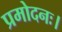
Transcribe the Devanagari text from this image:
प्रमोदनः।